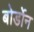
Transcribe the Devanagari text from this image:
बोर्डोन